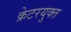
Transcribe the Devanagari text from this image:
क्रेटरयुक्त